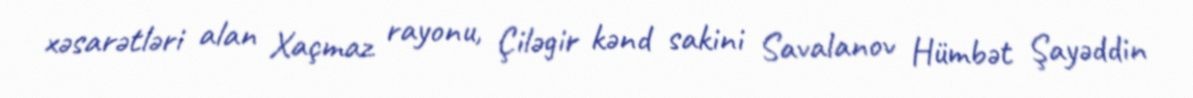
xəsarətləri alan Xaçmaz rayonu, Çiləgir kənd sakini Savalanov Hümbət Şayəddin